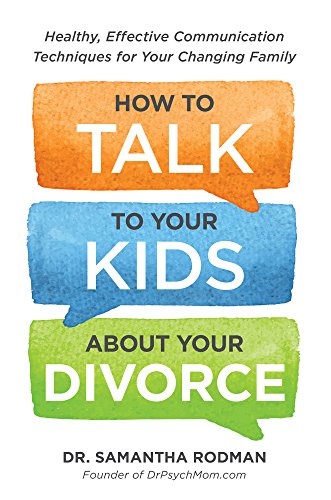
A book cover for How to Talk to Your Kids about Your Divorce: Healthy, Effective Communication Techniques for Your Changing Family; Dr. Samantha Rodman; Parenting & Relationships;